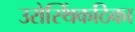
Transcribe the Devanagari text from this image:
उरोस्थिंकठिका